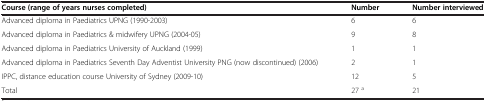
<table><thead><tr><td><b>Course (range of years nurses completed)</b></td><td><b>Number</b></td><td><b>Number interviewed</b></td></tr></thead><tbody><tr><td>Advanced diploma in Paediatrics UPNG (1990-2003)</td><td>6</td><td>6</td></tr><tr><td>Advanced diploma in Paediatrics &amp; midwifery UPNG (2004-05)</td><td>9</td><td>8</td></tr><tr><td>Advanced diploma in Paediatrics University of Auckland (1999)</td><td>1</td><td>1</td></tr><tr><td>Advanced diploma in Paediatrics Seventh Day Adventist University PNG (now discontinued) (2006)</td><td>2</td><td>1</td></tr><tr><td>IPPC, distance education course University of Sydney (2009-10)</td><td>12</td><td>5</td></tr><tr><td>Total</td><td>27 <sup>a</sup></td><td>21</td></tr></tbody></table>